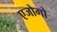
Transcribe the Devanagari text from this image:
एजोगो